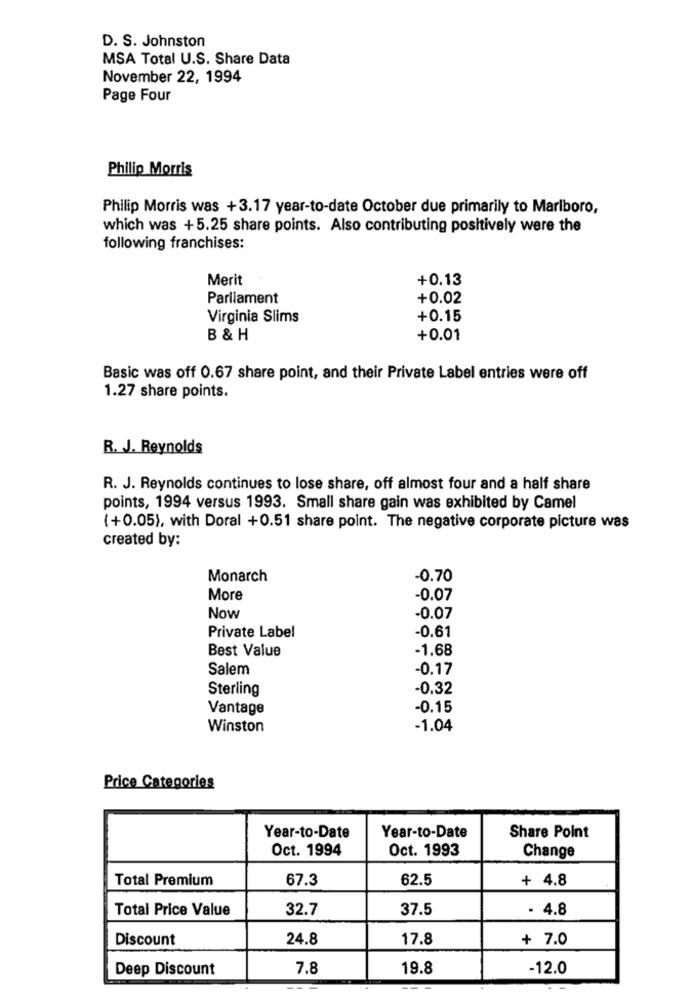
D. S. Johnston
MSA Total U.S. Share Data
November 22, 1994
Page Four
Philip Morris
Philip Morris was +3.17 year-to-date October due primarily to Marlboro,
which was +5.25 share points. Also contributing positively were the
following franchises:
Merit
+0.13
Parliament
+0.02
Virginia Slims
+0.15
B & H
+0.01
Basic was off 0.67 share point, and their Private Label entries were off
1.27 share points.
R. J. Reynolds
R. J. Reynolds continues to lose share, off almost four and a half share
points, 1994 versus 1993. Small share gain was exhibited by Camel
(+0.05), with Doral +0.51 share point. The negative corporate picture was
created by:
Monarch
-0.70
More
-0.07
Now
-0.07
Private Label
-0.61
Best Value
-1.68
Salem
-0.17
Sterling
-0.32
Vantage
-0.15
Winston
-1.04
Price Categories
Year-to-Date
Year-to-Date
Share Point
Oct. 1994
Oct. 1993
Change
Total Premium
67.3
62.5
+ 4.8
Total Price Value
32.7
37.5
- 4.8
Discount
24.8
17.8
+ 7.0
Deep Discount
7.8
19.8
-12.0